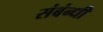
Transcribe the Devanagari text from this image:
संबंन्धी